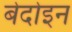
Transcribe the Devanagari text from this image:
बेदोइन